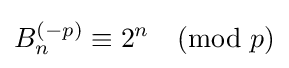
B_{n}^{(-p)}\equiv 2^{n}{\pmod {p}}